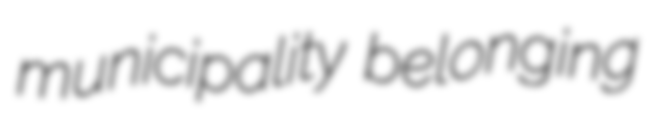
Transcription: municipality belonging